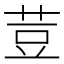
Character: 荳